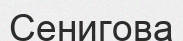
Сенигова